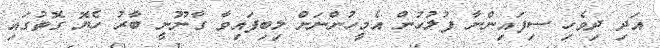
އަދި ދިވެހި ސިފައިންނާ ފުލުހުން އެމީހުންނަށް ލިބިފައިވާ ގާނޫނީ ބާރު ހެޔޮ ގޮތުގައި